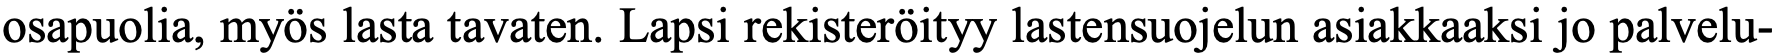
osapuolia, myös lasta tavaten. Lapsi rekisteröityy lastensuojelun asiakkaaksi jo palvelu-